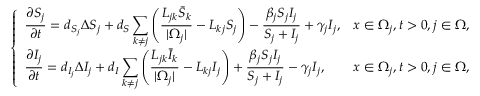
\left\{ \begin{array} { l l } { \displaystyle \frac { \partial S _ { j } } { \partial t } = d _ { S _ { j } } \Delta S _ { j } + d _ { S } \sum _ { k \neq j } \left( \frac { L _ { j k } \bar { S } _ { k } } { | \Omega _ { j } | } - L _ { k j } S _ { j } \right) - \displaystyle \frac { \beta _ { j } S _ { j } I _ { j } } { S _ { j } + I _ { j } } + \gamma _ { j } I _ { j } , } & { x \in \Omega _ { j } , t > 0 , j \in \Omega , } \\ { \displaystyle \frac { \partial I _ { j } } { \partial t } = d _ { I _ { j } } \Delta I _ { j } + d _ { I } \sum _ { k \neq j } \left( \frac { L _ { j k } \bar { I } _ { k } } { | \Omega _ { j } | } - L _ { k j } I _ { j } \right) + \displaystyle \frac { \beta _ { j } S _ { j } I _ { j } } { S _ { j } + I _ { j } } - \gamma _ { j } I _ { j } , } & { x \in \Omega _ { j } , t > 0 , j \in \Omega , } \end{array} \right.